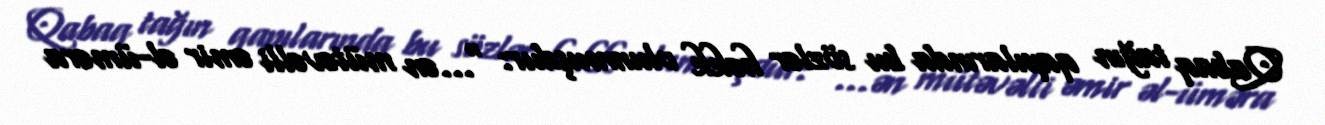
Qabaq tağın qapılarında bu sözlər həkk olunmuşdur: "…ən mütəvəlli əmir əl-üməra